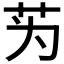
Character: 𫇭